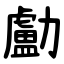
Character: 㔧